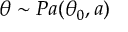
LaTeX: \theta \sim P a ( \theta _ { 0 } , a )